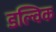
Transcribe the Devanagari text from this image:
डल्विक